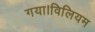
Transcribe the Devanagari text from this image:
गया।विलियम